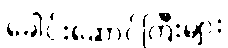
ခေါင်းဆောင်ကြီးများ